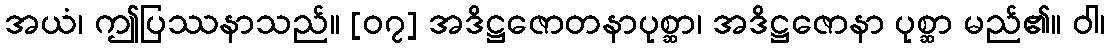
အယံ၊ ဤပြဿနာသည်။ [၀၇] အဒိဋ္ဌဇောတနာပုစ္ဆာ၊ အဒိဋ္ဌဇောနာ ပုစ္ဆာ မည်၏။ ဝါ၊